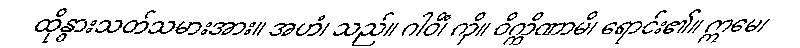
ထိုနွားသတ်သမားအား။ အဟံ၊ သည်။ ဂါဝိံ၊ ကို။ ဝိက္ကိဏာမိ၊ ရောင်း၏။ ဣမေ၊